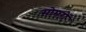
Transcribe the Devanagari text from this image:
सोमरों